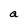
Character: a